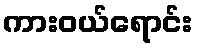
ကားဝယ်ရောင်း